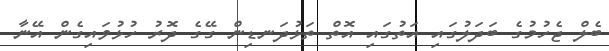
ބެލް ޖެހުމުގެ ބަދަލުގައި އަތުގައި އޮތް ތަޅުދަނޑިން ގޭގެ ދޮރު ހުޅުވައިގެން އޭނާ